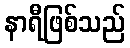
နာရီဖြစ်သည်